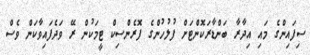
ސިފައިންގެ މައި އިދާރާ ބަންޑާރަކޮންޓަށް ފުލުހުންގެ ފޮރެންސިކް ޓީމަކުން ރޭ ވަދެފައިވާކަން ވެސް